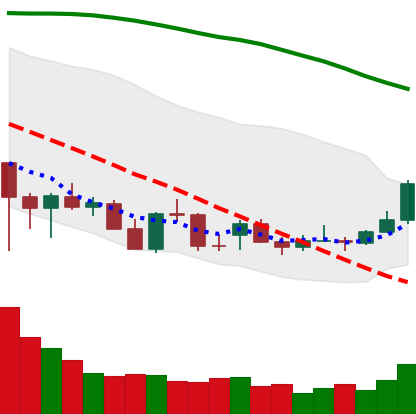
Ticker: ADA-USD
Chart end date: 2021-12-23
Forward return: -4.911%
Label: down_3_5